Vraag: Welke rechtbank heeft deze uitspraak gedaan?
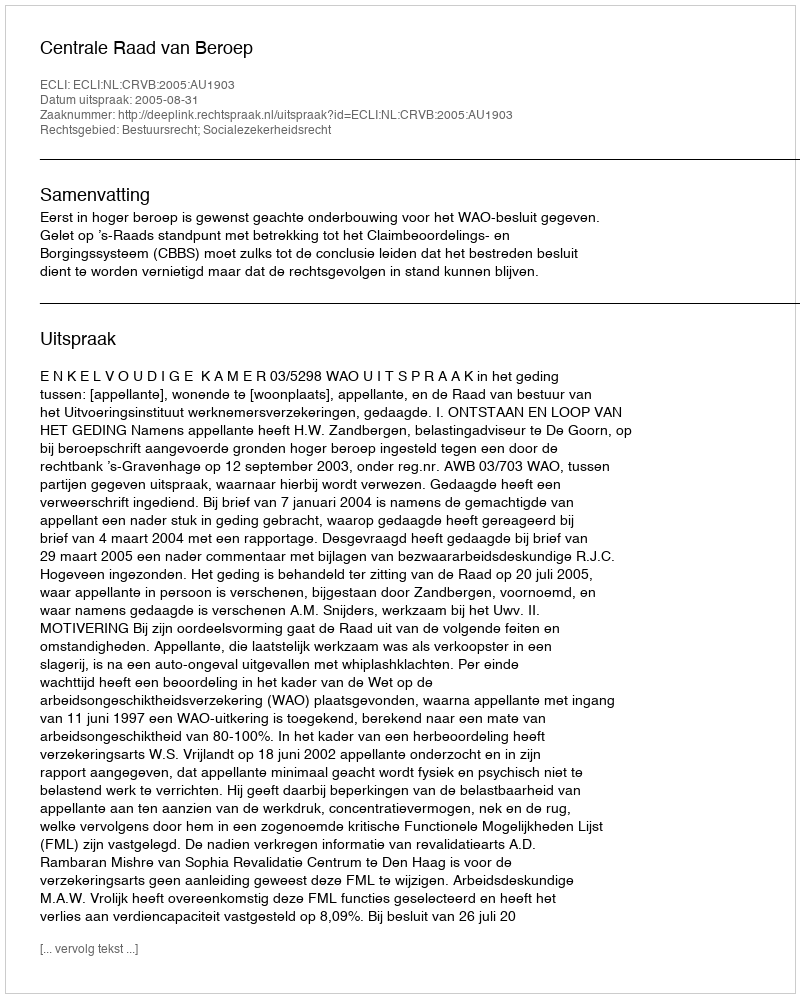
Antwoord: Centrale Raad van Beroep